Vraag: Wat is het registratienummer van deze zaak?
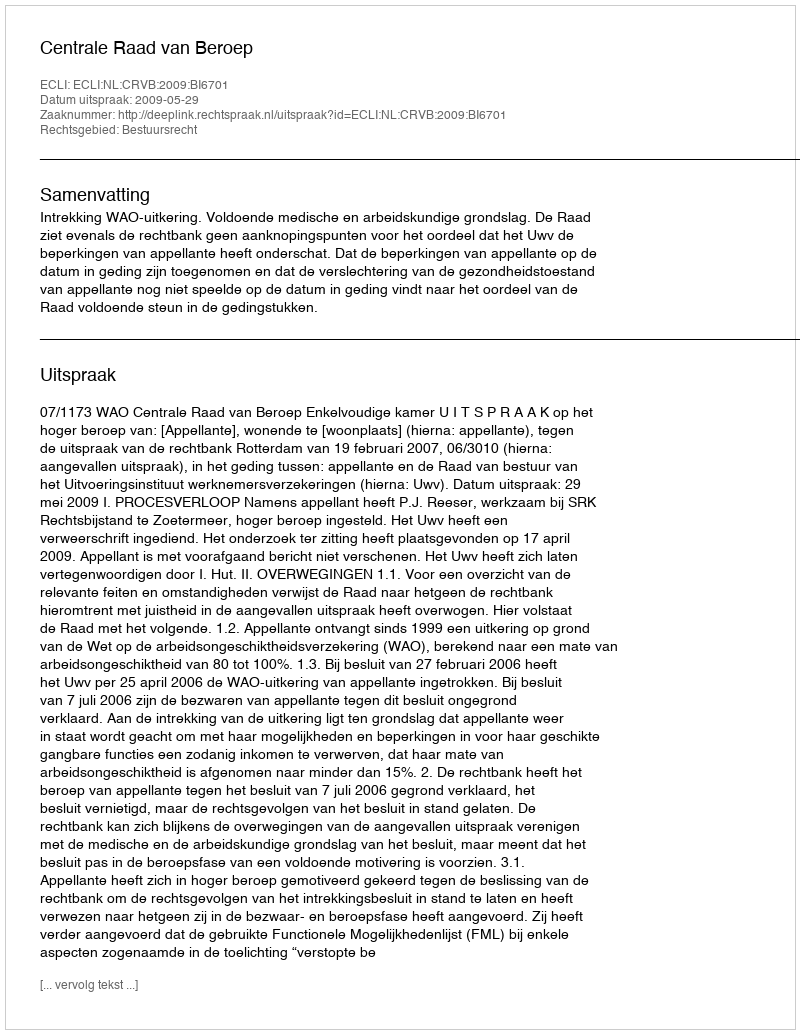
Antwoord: http://deeplink.rechtspraak.nl/uitspraak?id=ECLI:NL:CRVB:2009:BI6701